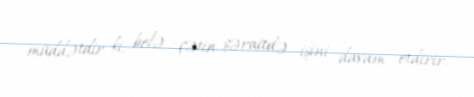
müddətdir ki, belə çətin şəraitdə işini davam etdirir.